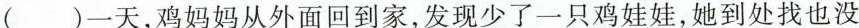
()一天，鸡妈妈从外面回到家，发现少了一只鸡娃娃，她到处找也没